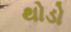
થોડો